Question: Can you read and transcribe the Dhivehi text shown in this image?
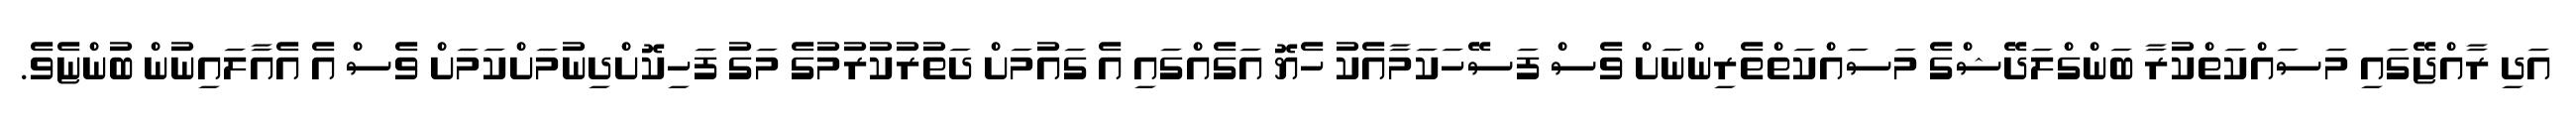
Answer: އަދި ރާއްޖޭގައި މަސައްކަތްކުރާ ބަންގްލަދޭޝްގެ މަސައްކަތްތެރިންނަށް ވެސް ފަސޭހަކަމާއެކު ހެޔޮ އަގެއްގައި އެ ގައުމަށް ދަތުރުކުރުމުގެ މަގު ފަހިކޮށްދިނުމަށްކަމަށް ވެސް އެ އެއާލައިނުން ބުންޏެވެ.